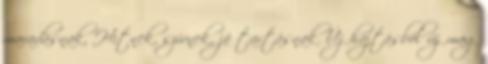
maradásnak, Hitnek, szívnek, jó tartásnak. Új hajtásból új mag